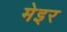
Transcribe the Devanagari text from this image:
मेइर